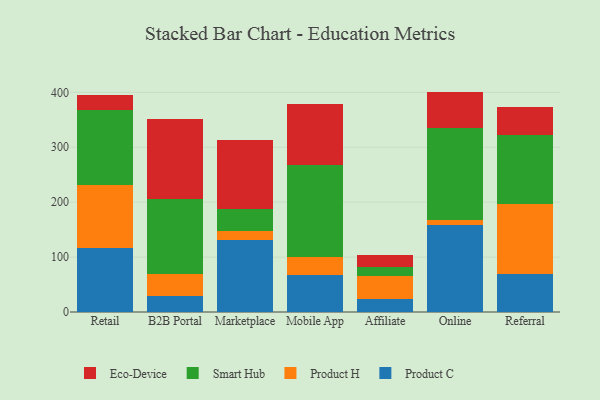
{"axis": {"x": "Channel", "y": "Tickets Resolved"}, "legend": ["Eco-Device", "Product C", "Product H", "Smart Hub"], "data": [{"x": "Retail", "y": 116.0, "type": "Product C"}, {"x": "Retail", "y": 115.5, "type": "Product H"}, {"x": "Retail", "y": 136.4, "type": "Smart Hub"}, {"x": "Retail", "y": 27.4, "type": "Eco-Device"}, {"x": "B2B Portal", "y": 28.5, "type": "Product C"}, {"x": "B2B Portal", "y": 40.7, "type": "Product H"}, {"x": "B2B Portal", "y": 136.8, "type": "Smart Hub"}, {"x": "B2B Portal", "y": 145.3, "type": "Eco-Device"}, {"x": "Marketplace", "y": 130.7, "type": "Product C"}, {"x": "Marketplace", "y": 16.4, "type": "Product H"}, {"x": "Marketplace", "y": 40.8, "type": "Smart Hub"}, {"x": "Marketplace", "y": 124.5, "type": "Eco-Device"}, {"x": "Mobile App", "y": 67.8, "type": "Product C"}, {"x": "Mobile App", "y": 32.0, "type": "Product H"}, {"x": "Mobile App", "y": 168.5, "type": "Smart Hub"}, {"x": "Mobile App", "y": 111.1, "type": "Eco-Device"}, {"x": "Affiliate", "y": 22.9, "type": "Product C"}, {"x": "Affiliate", "y": 42.5, "type": "Product H"}, {"x": "Affiliate", "y": 16.2, "type": "Smart Hub"}, {"x": "Affiliate", "y": 21.6, "type": "Eco-Device"}, {"x": "Online", "y": 158.8, "type": "Product C"}, {"x": "Online", "y": 8.0, "type": "Product H"}, {"x": "Online", "y": 167.8, "type": "Smart Hub"}, {"x": "Online", "y": 66.8, "type": "Eco-Device"}, {"x": "Referral", "y": 68.8, "type": "Product C"}, {"x": "Referral", "y": 127.9, "type": "Product H"}, {"x": "Referral", "y": 126.2, "type": "Smart Hub"}, {"x": "Referral", "y": 49.8, "type": "Eco-Device"}]}